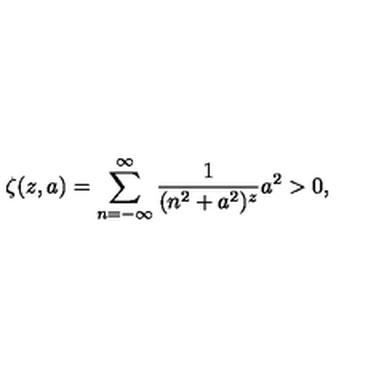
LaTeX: \zeta ( z , a ) = \sum _ { n = - \infty } ^ { \infty } \frac { 1 } { ( n ^ { 2 } + a ^ { 2 } ) ^ { z } } a ^ { 2 } > 0 ,